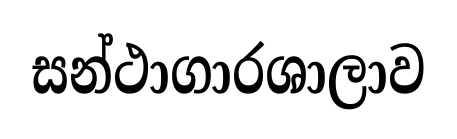
සන්ථාගාරශාලාව